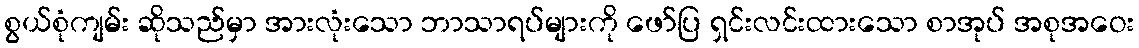
စွယ်စုံကျမ်း ဆိုသည်မှာ အားလုံးသော ဘာသာရပ်များကို ဖော်ပြ ရှင်းလင်းထားသော စာအုပ် အစုအဝေး